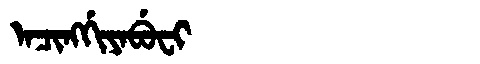
Manchu: ᠠᠴᡳᠩᡤᡳᠶᠠᠪᡠᠸᡳ
Romanization: ACINGGIYABUFI